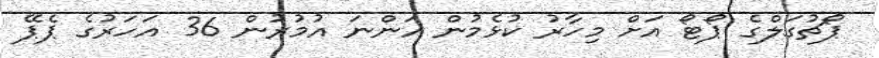
ޕޯޗުގަލްގެ ޕޯޓޯ އަށް މިހާރު ކުޅެމުން އަންނަ އުމުރުން 36 އަހަރުގެ ޕެޕޭ